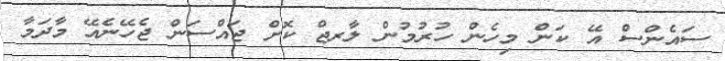
ސައެންސް އޭ ކަން މިހެން ހުރުމުން ލާރޖް ކޮށް ޖައްސަން ޖެހޭނެއޭ މާދަމާ